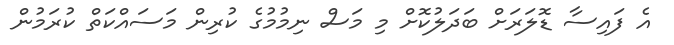
އެ ފައިސާ ޑޮލަރަށް ބަދަލުކޮށް މި މަސް ނިމުމުގެ ކުރިން މަސައްކަތް ކުރަމުން